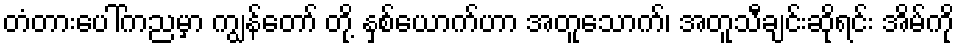
တံတားပေါ်ကညမှာ ကျွန်တော် တို့ နှစ်ယောက်ဟာ အတူသောက်၊ အတူသီချင်းဆိုရင်း အိမ်ကို